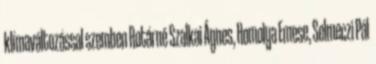
klímaváltozással szemben Rotárné Szalkai Ágnes, Homolya Emese, Selmeczi Pál